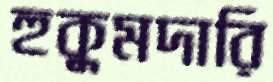
হুকুমদারি